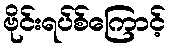
ဗိုင်းရပ်စ်ကြောင့်